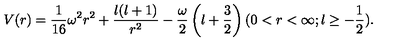
V ( r ) = \frac { 1 } { 1 6 } \omega ^ { 2 } r ^ { 2 } + \frac { l ( l + 1 ) } { r ^ { 2 } } - \frac { \omega } { 2 } \left( l + \frac { 3 } { 2 } \right) ( 0 < r < \infty ; l \ge - \frac { 1 } { 2 } ) .